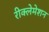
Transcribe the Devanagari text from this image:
रीक्लेमेशन